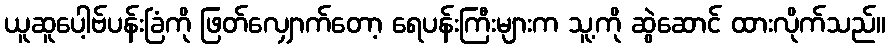
ယူဆူပေါ့ဗ်ပန်းခြံကို ဖြတ်လျှောက်တော့ ရေပန်းကြီးများက သူ့ကို ဆွဲဆောင် ထားလိုက်သည်။